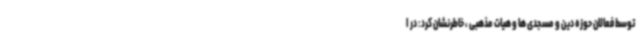
توسط فعالان حوزه دین و مسجدی ها و هیات مذهبی ، خاطرنشان کرد: در ا